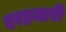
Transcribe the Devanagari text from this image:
दरहजारी